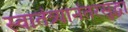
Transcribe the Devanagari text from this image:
स्वातंत्र्यानंतरसुद्धा